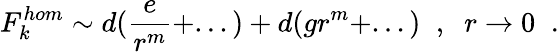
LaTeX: F_{k}^{hom}\sim d(\frac{e}{r^{m}}+...)+d(gr^{m}+...)\; \; ,\; \; r\rightarrow 0\; \; .